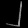
Digit: ၂